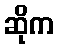
ဆိုက